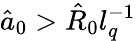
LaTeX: \hat{a}_{0}>\hat{R}_{0}l_{q}^{-1}